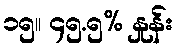
၁၅။ ၄၅.၅% နှုန်း